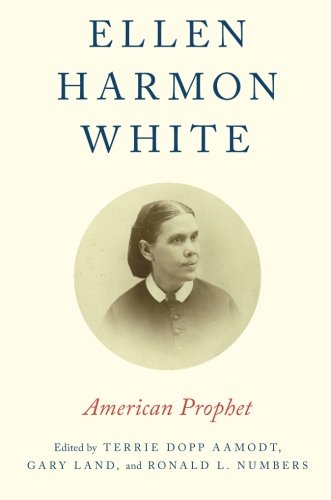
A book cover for Ellen Harmon White: American Prophet; Christian Books & Bibles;